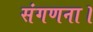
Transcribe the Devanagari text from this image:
संगणना।